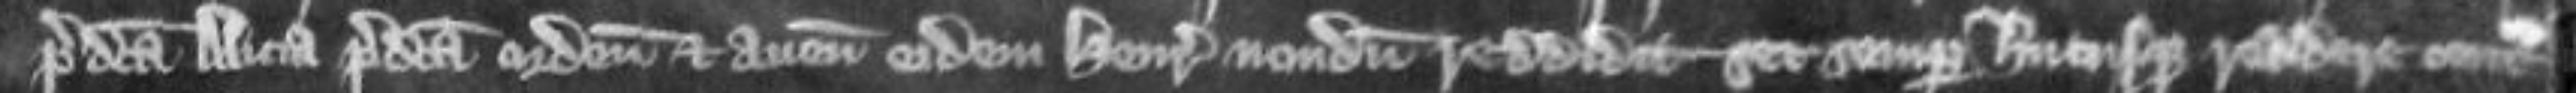
predicta Alicia predicta ordeum et avenam eidem Henrico nondum reddidit set semper hucusque reddere contra